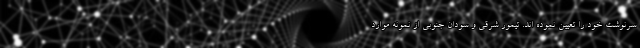
سرنوشت خود را تعیین نموده اند. تیمور شرقی و سودان جنوبی از نمونه موارد